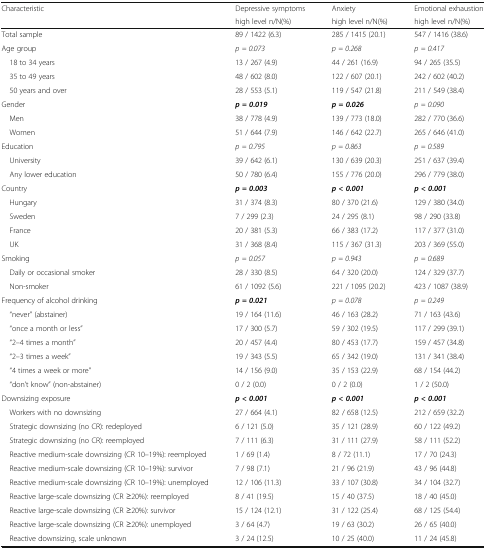
<table><thead><tr><td><b>Characteristic</b></td><td><b>Depressive symptoms</b></td><td><b>Anxiety</b></td><td><b>Emotional exhaustion</b></td></tr><tr><td></td><td><b>high level n/N(%)</b></td><td><b>high level n/N(%)</b></td><td><b>high level n/N(%)</b></td></tr></thead><tbody><tr><td>Total sample</td><td>89 / 1422 (6.3)</td><td>285 / 1415 (20.1)</td><td>547 / 1416 (38.6)</td></tr><tr><td>Age group</td><td><i>p = 0.073</i></td><td><i>p = 0.268</i></td><td><i>p = 0.417</i></td></tr><tr><td> 18 to 34 years</td><td>13 / 267 (4.9)</td><td>44 / 261 (16.9)</td><td>94 / 265 (35.5)</td></tr><tr><td> 35 to 49 years</td><td>48 / 602 (8.0)</td><td>122 / 607 (20.1)</td><td>242 / 602 (40.2)</td></tr><tr><td> 50 years and over</td><td>28 / 553 (5.1)</td><td>119 / 547 (21.8)</td><td>211 / 549 (38.4)</td></tr><tr><td>Gender</td><td><b><i>p = 0.019</i></b></td><td><b><i>p = 0.026</i></b></td><td><i>p = 0.090</i></td></tr><tr><td> Men</td><td>38 / 778 (4.9)</td><td>139 / 773 (18.0)</td><td>282 / 770 (36.6)</td></tr><tr><td> Women</td><td>51 / 644 (7.9)</td><td>146 / 642 (22.7)</td><td>265 / 646 (41.0)</td></tr><tr><td>Education</td><td><i>p = 0.795</i></td><td><i>p = 0.863</i></td><td><i>p = 0.589</i></td></tr><tr><td> University</td><td>39 / 642 (6.1)</td><td>130 / 639 (20.3)</td><td>251 / 637 (39.4)</td></tr><tr><td> Any lower education</td><td>50 / 780 (6.4)</td><td>155 / 776 (20.0)</td><td>296 / 779 (38.0)</td></tr><tr><td>Country</td><td><b><i>p = 0.003</i></b></td><td><b><i>p &lt; 0.001</i></b></td><td><b><i>p &lt; 0.001</i></b></td></tr><tr><td> Hungary</td><td>31 / 374 (8.3)</td><td>80 / 370 (21.6)</td><td>129 / 380 (34.0)</td></tr><tr><td> Sweden</td><td>7 / 299 (2.3)</td><td>24 / 295 (8.1)</td><td>98 / 290 (33.8)</td></tr><tr><td> France</td><td>20 / 381 (5.3)</td><td>66 / 383 (17.2)</td><td>117 / 377 (31.0)</td></tr><tr><td> UK</td><td>31 / 368 (8.4)</td><td>115 / 367 (31.3)</td><td>203 / 369 (55.0)</td></tr><tr><td>Smoking</td><td><i>p = 0.057</i></td><td><i>p = 0.943</i></td><td><i>p = 0.689</i></td></tr><tr><td> Daily or occasional smoker</td><td>28 / 330 (8.5)</td><td>64 / 320 (20.0)</td><td>124 / 329 (37.7)</td></tr><tr><td> Non-smoker</td><td>61 / 1092 (5.6)</td><td>221 / 1095 (20.2)</td><td>423 / 1087 (38.9)</td></tr><tr><td>Frequency of alcohol drinking</td><td><b><i>p = 0.021</i></b></td><td><i>p = 0.078</i></td><td><i>p = 0.249</i></td></tr><tr><td> “never” (abstainer)</td><td>19 / 164 (11.6)</td><td>46 / 163 (28.2)</td><td>71 / 163 (43.6)</td></tr><tr><td> “once a month or less”</td><td>17 / 300 (5.7)</td><td>59 / 302 (19.5)</td><td>117 / 299 (39.1)</td></tr><tr><td> “2–4 times a month”</td><td>20 / 457 (4.4)</td><td>80 / 453 (17.7)</td><td>159 / 457 (34.8)</td></tr><tr><td> “2–3 times a week”</td><td>19 / 343 (5.5)</td><td>65 / 342 (19.0)</td><td>131 / 341 (38.4)</td></tr><tr><td> “4 times a week or more”</td><td>14 / 156 (9.0)</td><td>35 / 153 (22.9)</td><td>68 / 154 (44.2)</td></tr><tr><td> “don’t know” (non-abstainer)</td><td>0 / 2 (0.0)</td><td>0 / 2 (0.0)</td><td>1 / 2 (50.0)</td></tr><tr><td>Downsizing exposure</td><td><b><i>p &lt; 0.001</i></b></td><td><b><i>p &lt; 0.001</i></b></td><td><b><i>p &lt; 0.001</i></b></td></tr><tr><td> Workers with no downsizing</td><td>27 / 664 (4.1)</td><td>82 / 658 (12.5)</td><td>212 / 659 (32.2)</td></tr><tr><td> Strategic downsizing (no CR): redeployed</td><td>6 / 121 (5.0)</td><td>35 / 121 (28.9)</td><td>60 / 122 (49.2)</td></tr><tr><td> Strategic downsizing (no CR): reemployed</td><td>7 / 111 (6.3)</td><td>31 / 111 (27.9)</td><td>58 / 111 (52.2)</td></tr><tr><td> Reactive medium-scale downsizing (CR 10–19%): reemployed</td><td>1 / 69 (1.4)</td><td>8 / 72 (11.1)</td><td>17 / 70 (24.3)</td></tr><tr><td> Reactive medium-scale downsizing (CR 10–19%): survivor</td><td>7 / 98 (7.1)</td><td>21 / 96 (21.9)</td><td>43 / 96 (44.8)</td></tr><tr><td> Reactive medium-scale downsizing (CR 10–19%): unemployed</td><td>12 / 106 (11.3)</td><td>33 / 107 (30.8)</td><td>34 / 104 (32.7)</td></tr><tr><td> Reactive large-scale downsizing (CR ≥20%): reemployed</td><td>8 / 41 (19.5)</td><td>15 / 40 (37.5)</td><td>18 / 40 (45.0)</td></tr><tr><td> Reactive large-scale downsizing (CR ≥20%): survivor</td><td>15 / 124 (12.1)</td><td>31 / 122 (25.4)</td><td>68 / 125 (54.4)</td></tr><tr><td> Reactive large-scale downsizing (CR ≥20%): unemployed</td><td>3 / 64 (4.7)</td><td>19 / 63 (30.2)</td><td>26 / 65 (40.0)</td></tr><tr><td> Reactive downsizing, scale unknown</td><td>3 / 24 (12.5)</td><td>10 / 25 (40.0)</td><td>11 / 24 (45.8)</td></tr></tbody></table>